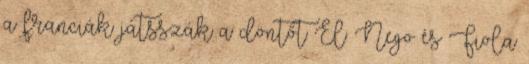
a franciák játsszák a döntőt El: Nego és Fiola